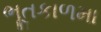
ભૂતકાળમા